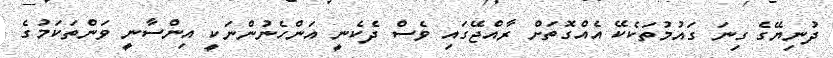
ދުނިޔޭގެ ގިނަ ގައުމުތަކެކޭ އެއްގޮތަށް ރާއްޖޭގައި ވެސް ދެކެނީ އަންހެނުންނަކީ އިންސާނީ ވަންތަކަމުގެ